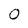
Character: O